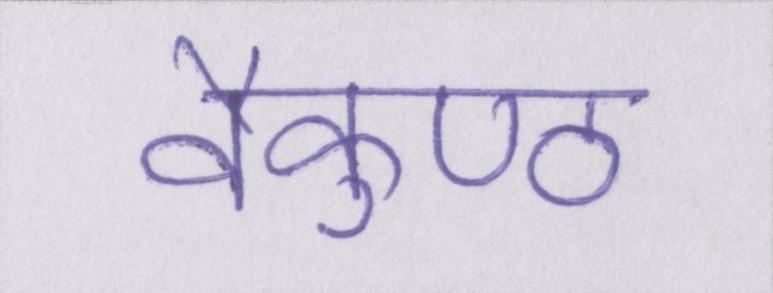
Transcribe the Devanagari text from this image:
वैकुण्ठ